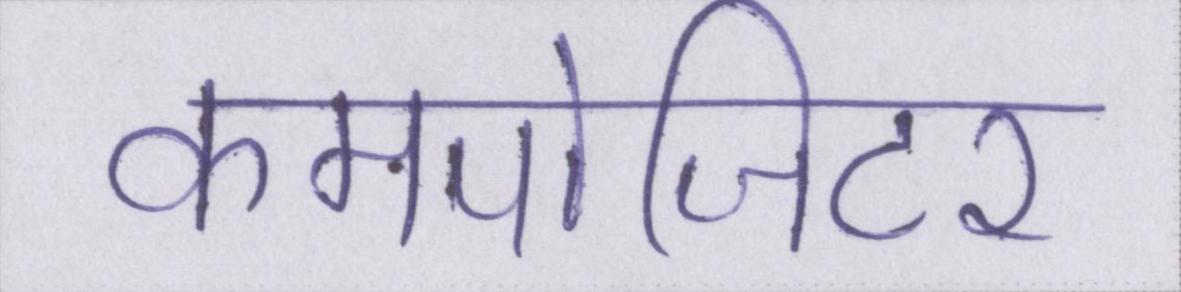
कमपोजिटर